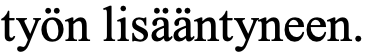
työn lisääntyneen.